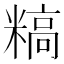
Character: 𬖰